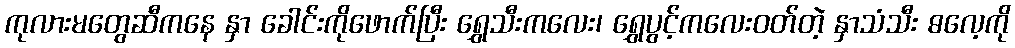
ကုလားမတွေဆီကနေ နှာ ခေါင်းကိုဖောက်ပြီး ရွှေသီးကလေး၊ ရွှေပွင့်ကလေးဝတ်တဲ့ နှာသံသီး ဓလေ့ကို